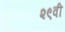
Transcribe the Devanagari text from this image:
२९वी